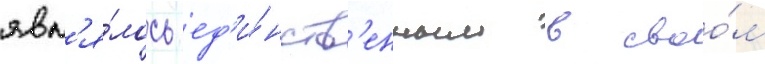
явл'я́лось ед'и́нств'енным в своо́м